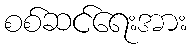
စစ်ဆင်ရေးအား